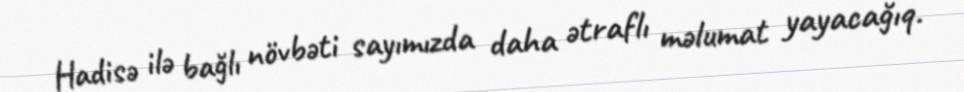
Hadisə ilə bağlı növbəti sayımızda daha ətraflı məlumat yayacağıq.